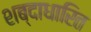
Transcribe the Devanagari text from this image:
शब्दाधारित